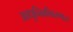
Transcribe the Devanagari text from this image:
आधुनिकीकरणास